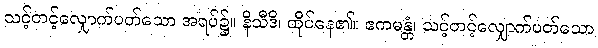
သင့်တင့်လျှောက်ပတ်သော အရပ်၌။ နိသီဒိ၊ ထိုင်နေ၏။ ဧကမန္တံ၊ သင့်တင့်လျှောက်ပတ်သော